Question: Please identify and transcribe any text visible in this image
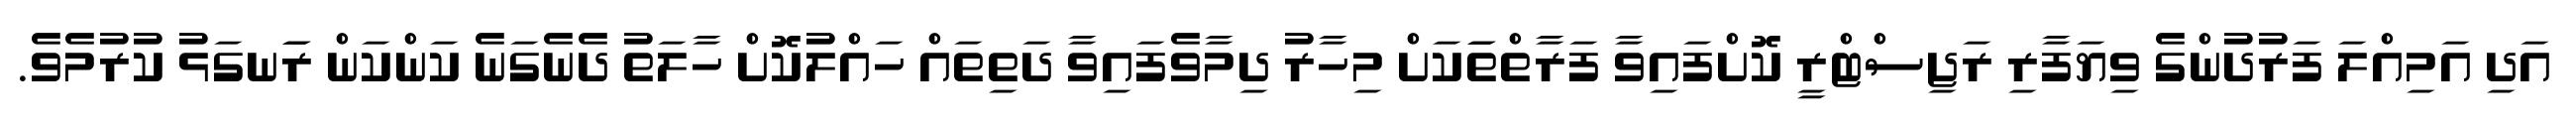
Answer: އަދި އަމިއްލަ ފަރުދުންގެ ވިޔަފާރި ރަޖިސްޓްރީ ކޮށްފައިވާ ފަރާތްތަަކަށް މިހާރު ދިމާވެފައިވާ ދަތިތައް ހައްލުކޮށް ހާލަތު ދެނެގަނެ ކަންކަން ރަަނގަޅު ކުރުމެވެ.